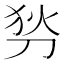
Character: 𠜓